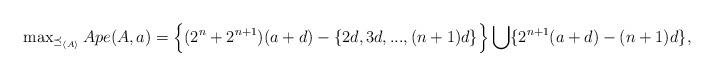
LaTeX: \begin{align*}\max\nolimits_{\preceq_{\langle A\rangle}} Ape(A, a)=\Big\{(2^n+2^{n+1})(a+d)-\{2d,3d,...,(n+1)d\}\Big\}\bigcup \{2^{n+1}(a+d)-(n+1)d\},\end{align*}